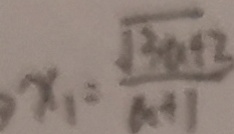
x _ { 1 } = \frac { \sqrt { 3 a + 2 } } { a + 1 }